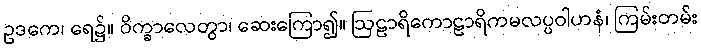
ဥဒကေ၊ ရေ၌။ ဝိက္ခာလေတွာ၊ ဆေးကြော၍။ ဩဠာရိကောဠာရိကမလပ္ပဝါဟနံ၊ ကြမ်းတမ်း